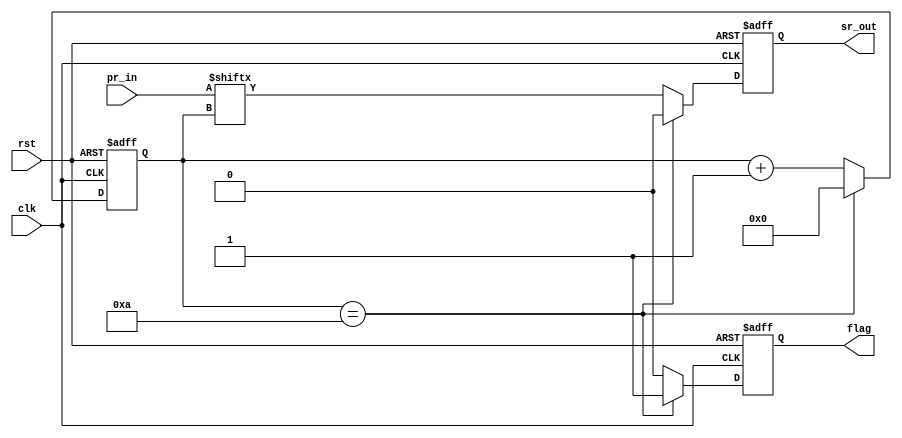
`timescale 1ns / 1ps
//////////////////////////////////////////////////////////////////////////////////
// Company: 
// Engineer: 
// 
// Design Name: 
// Module Name:    parallel_to_serial_converter 
// Project Name: 
// Target Devices: 
// Tool versions: 
// Description: 
//
// Dependencies: 
//
// Revision: 
// Revision 0.01 - File Created
// Additional Comments: 
//
//////////////////////////////////////////////////////////////////////////////////
module parallel_to_serial(sr_out,pr_in,clk,rst,flag);
	input [9:0] pr_in;
	input clk,rst;
	output reg sr_out;
	reg [31:0] pckt_count;
	reg [3:0] i;
	output reg flag;
	
	always@(posedge clk,posedge rst)
	begin
		if(rst)
		begin
			i <= 0;
			sr_out <= 0;
			pckt_count <= 0;
			flag <= 0;
		end
		else
		begin
			sr_out <= pr_in[i];
			i <= i + 1'b1;
			if(i==10) 	
			begin
				i <= 0;
				pckt_count <= pckt_count + 1;
				sr_out <=0;
				flag <= 1;				
			end
			else flag <= 0;
		end
	end
endmodule